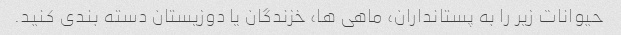
حیوانات زیر را به پستانداران، ماهی ها، خزندگان یا دوزیستان دسته بندی کنید.